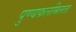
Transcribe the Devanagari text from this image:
पुण्यफलमिलता